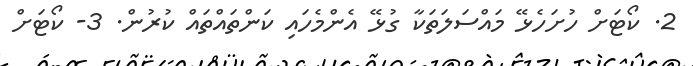
2. ކޯޓަށް ހުށަހެޅޭ މައްސަލަތަކާ ގުޅޭ އެންމެހައި ކަންތައްތައް ކުރުން. 3- ކޯޓަށް